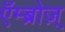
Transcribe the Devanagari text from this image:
एॅम्ब्रोज़्